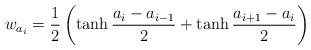
LaTeX: \begin{align*} w_{a_i} = \frac{1}{2} \left( \tanh \frac{a_i - a_{i-1}}{2} + \tanh \frac{a_{i+1} - a_i}{2} \right) \end{align*}